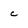
Character: c